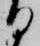
る